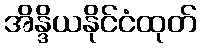
အိန္ဒိယနိုင်ငံထုတ်